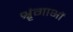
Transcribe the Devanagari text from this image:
श्रृंगाभों